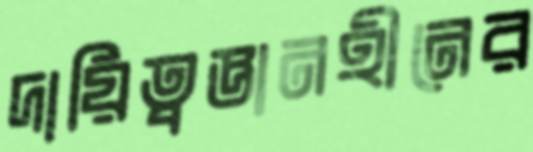
দায়িত্বজ্ঞানহীনের